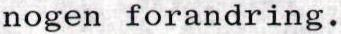
nogen forandring.